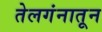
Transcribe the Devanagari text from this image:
तेलगंनातून